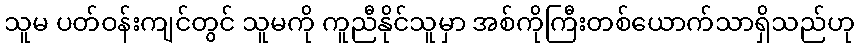
သူမ ပတ်ဝန်းကျင်တွင် သူမကို ကူညီနိုင်သူမှာ အစ်ကိုကြီးတစ်ယောက်သာရှိသည်ဟု